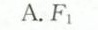
A.F_{1}